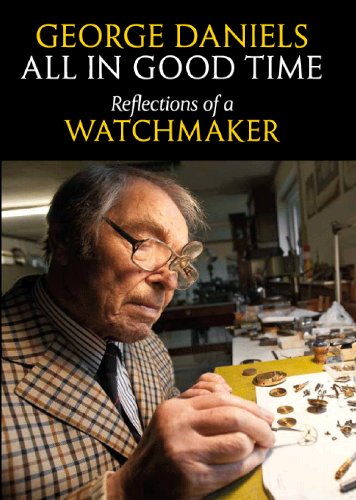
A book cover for All in Good Time: Reflections of a Watchmaker; George Daniels; Crafts, Hobbies & Home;